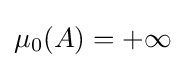
\mu _{0}(A)=+\infty